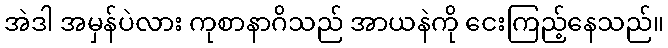
အဲဒါ အမှန်ပဲလား ကုစာနာဂိသည် အာယနဲကို ငေးကြည့်နေသည်။